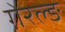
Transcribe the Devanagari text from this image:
गेरल्ङ